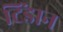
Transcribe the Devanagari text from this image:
टिंडान